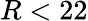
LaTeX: R<22